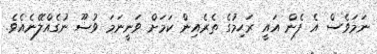
ނަމަވެސް އެ ފެން އައީ ރަޙިމުގެ ތެރެއިން ކަމަށް ވަނީނަމަ ވުޟޫ ނުގެއްލޭނެއެވެ.